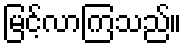
မြင့်လာကြသည်။